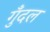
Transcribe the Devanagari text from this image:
गुँदल